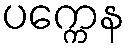
ပက္ကေန